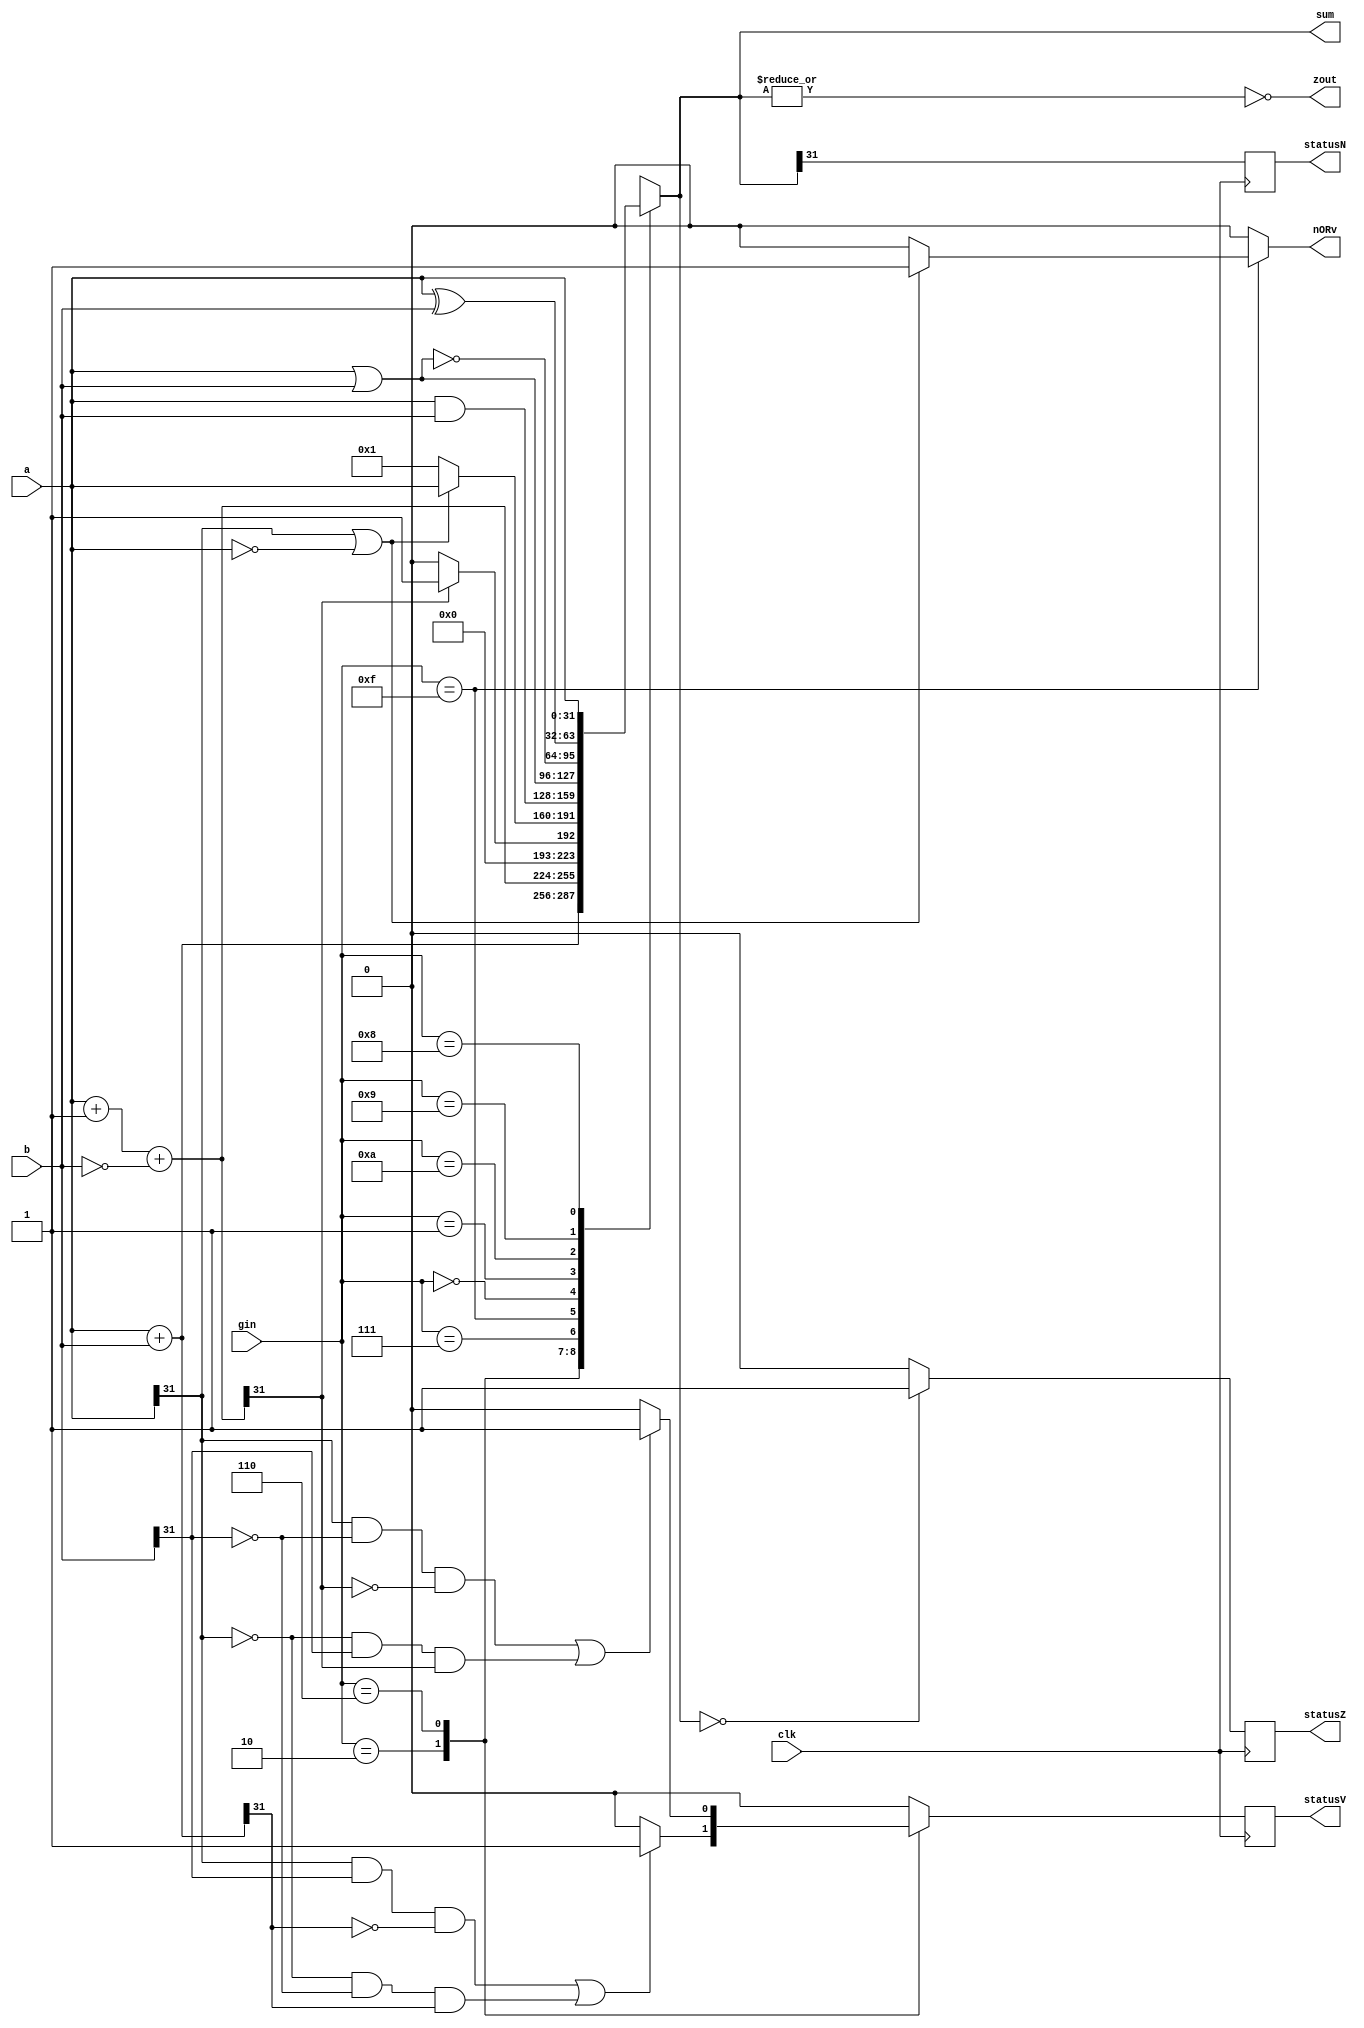
module alu32(sum,a,b,zout,gin, statusN,statusV,statusZ,clk,nORv);//ALU operation according to the ALU control line values

output [31:0] sum;
output nORv;

input [31:0] a,b; 
input [3:0] gin;//ALU control line
input clk;

reg [31:0] sum;
reg [31:0] less;

output zout;
reg zout, nORv;
reg nORv_1;

output reg statusZ, statusN, statusV;
reg tempZ, tempN, tempV;

always @(a or b or gin)
begin
    // Initialize temporary status flags
    tempZ = 0;
    tempN = 0;
    tempV = 0;
    nORv_1 = 0;
    case(gin)
    4'b0010: begin
        sum=a+b;         //ALU control line=0010, ADD
		if ((a[31]&b[31]&(~sum[31]) )| ((~a[31])&(~b[31])&(sum[31]))) tempV=1;
        end
    4'b0110: begin
        sum=a+1+(~b);    //ALU control line=0110, SUB
		if ((a[31]&(~b[31])&(~sum[31])) | ((~a[31])&(b[31])&(sum[31]))) tempV=1;
        end
    4'b0111: begin 
        less=a+1+(~b);    //ALU control line=0111, set on less than
        if (less[31]) sum=1;
        else sum=0;
        end
    4'b1111: begin
        if (a[31] || a == 0) 
        begin
            sum = a; //ALU control line=1111, pass through
            nORv_1 = 1;
        end
        else sum = 1;
        end 

    4'b0000: sum=a & b;    //ALU control line=0000, AND 
    4'b0001: sum=a|b;        //ALU control line=0001, OR
    4'b1010: sum=~(a | b); // ALU control line=1010, NOR	- nori
    4'b1001: sum=a^b;        //ALU control line=1001, XOR - jmxor
	4'b1000: sum=a;          //ALU control line=1000, BRV
    default: sum=31'bx;
    endcase

	// Set temporary flags based on the current operation
    tempZ = (sum == 0) ? 1 : 0;
    tempN = sum[31];

zout=~(|sum);
nORv = nORv_1;
end

always @(posedge clk) begin
	 // Update status flags at the positive edge of the clock
    statusZ = tempZ;
    statusN = tempN;
    statusV = tempV;
end
endmodule

//blezal olay sikintili